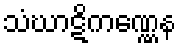
သံဃာဋိကဏ္ဏေန